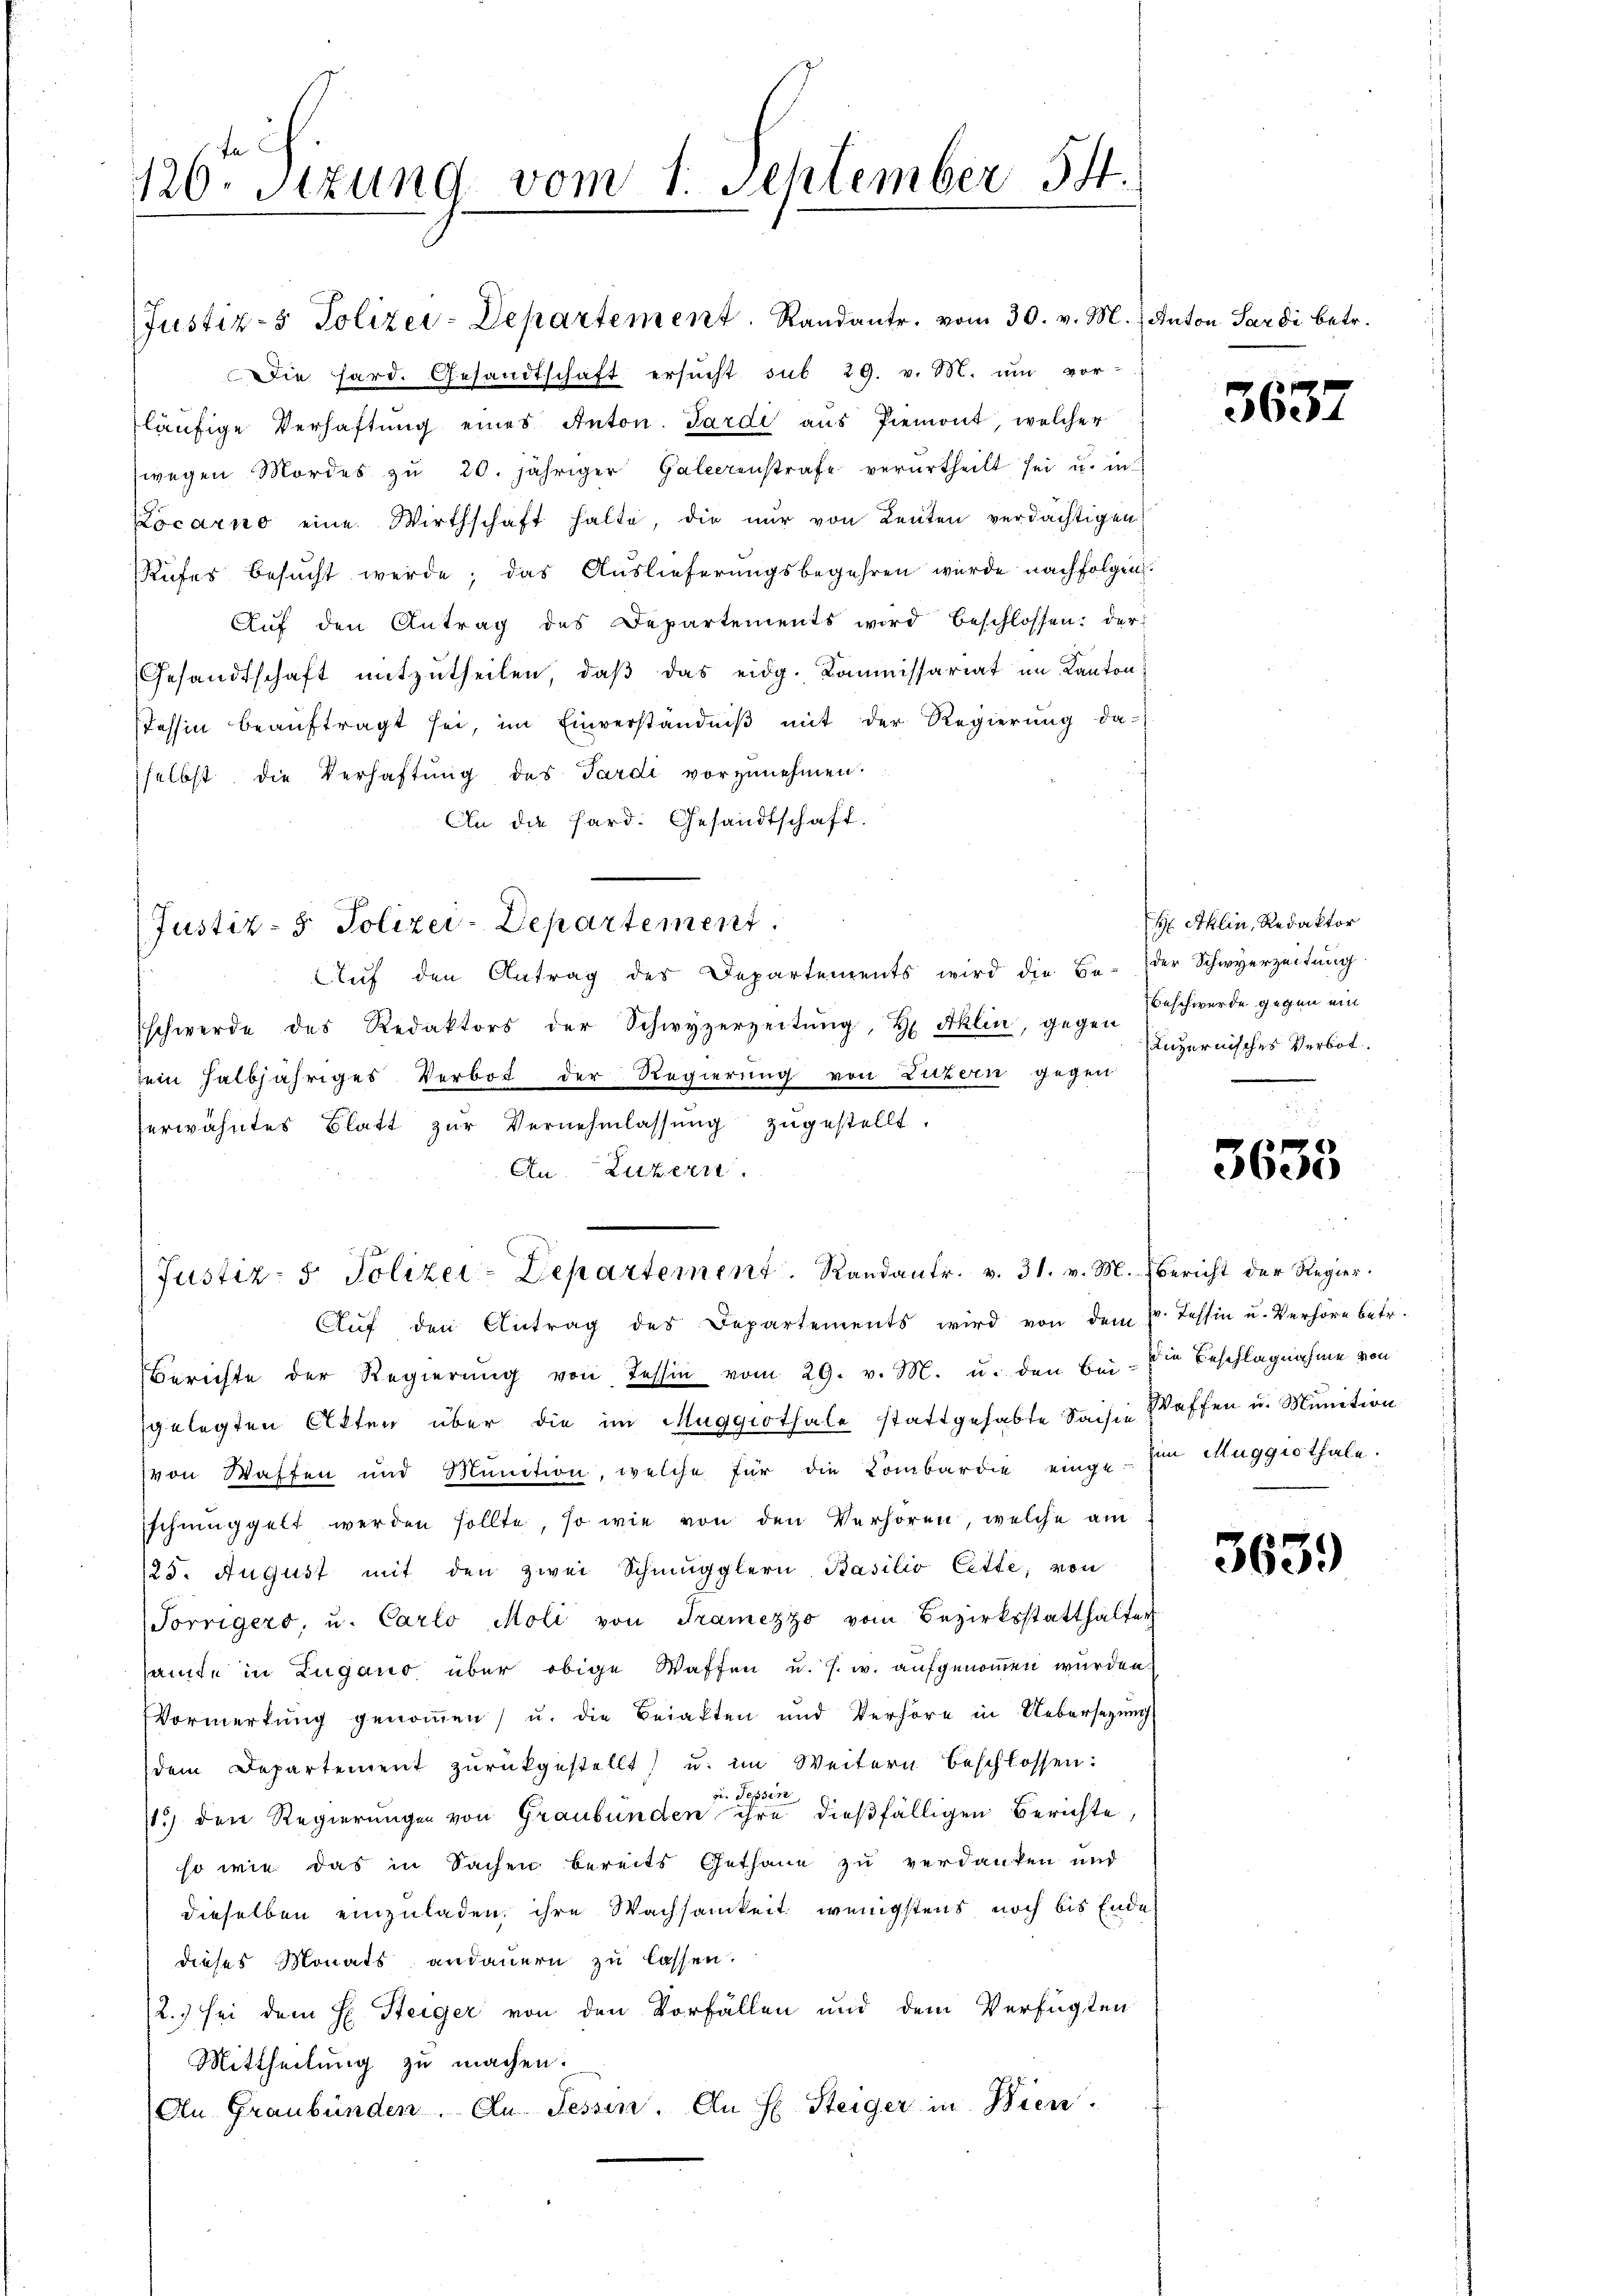
120. Sitzung vom 1. September 54.

Die hard. Gesandtschaft ersucht sub 29. v. 182. um vor-
läufige Verhaftung eines Anton. Pardi aus Piemont, welcher
wegen Mordes zŭ 20. jähriger Galeerenstrafe verurtheilt sei u. in
Locarno eine Wirthschaft halte, die nur von Leuten verdächtigen
Rufes besucht werde; das Auslieferungsbegehren wurde nachfolgen.
Aŭf den Antrag des Departements wird beschlossen: der
Gesandtschaft mitzutheilen, daß das eidg. Kommissariat im Kanton
Tessin beauftragt sei, im Einverständniß mit der Regierung da-
selbst die Verhaftung des Tardi vorzunehmen.
An die Hard. Gesandtschaft.
Auf den Antrag des Departements wird die Be-
schwerde des Redaktors der Schwyzerzeitŭng, H Aklin, gegen
sein halbjähriges Verbot der Regierung von Luzern gegen
herwähntes Blatt zŭr Vernehmlassŭng zŭgestellt.
An Luzern
Justiz- 5. Polizei-Departement. Randantr. v. 31. v. M. Bericht der Regier¬
Aŭf den Antrag des Departements wird von dem pr. Tessin u. Verhöre betr.
Berichte der Regierung von Tessin vom 29. v. M. u. den bei. Die Beschlagnahme von
gelegten Akten über die im Muggithale stattgehabte Saisie
von Waffen und Munition, welche für die Kombardie einge
schmuggelt werden sollte, so wie von den Verhören, welche am
125. August mit den zwei Schmugglern Basilio Cette; von
Vorrigers, u. Carlo Moli von Tramezzo vom Bezirksstatthalter
aute in Lugano über obige Waffen u. s. w. aufgenommen wurden.
Vormerkung genommen) u. die Beiakten und Verhöre in Uebersezung
dem Departement zurückgestellt u. im Weitern beschlossen:
a. Tessin
1.) den Regierungen von Graubünden ihre dießfälligen Berichte,
so wie das in Sachen bereits Gethane zu verdanken und
dieselben einzuladen, ihre Wachsamkeit wenigstens noch bis Ende
dieses Monats andauern zu lassen.
2.) sei dem H. Steiger von den Vorfällen und dem Verfügten
Mittheilung zu machen.
An Graubünden. An Tessin. An H Steiger in Wien.

Justiz- & Polizei-Departement. Randant. vom 30. v. M.) Anton Sardi betr.

Justiz- & Polizei-Departement.

3637

H Aklin, Redaktor
der Schwyerzeitung
Beschwerde gegen ein
häuzernisches Verbot.
.

3633

Waffen u. Munition
him Muggithale.

3639